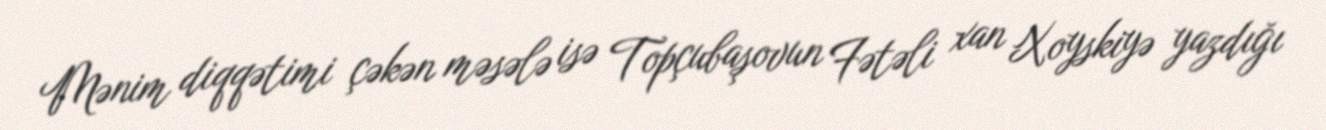
Mənim diqqətimi çəkən məsələ isə Topçubaşovun Fətəli xan Xoyskiyə yazdığı